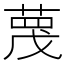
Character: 𫈼